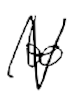
Text: to
Cross-out: zig-zag
Writing tool: digital_black